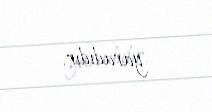
yaradıdır.